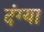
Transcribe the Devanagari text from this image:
दंग्या